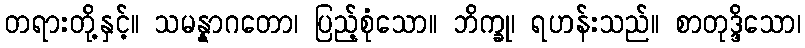
တရားတို့နှင့်။ သမန္နာဂတော၊ ပြည့်စုံသော။ ဘိက္ခု၊ ရဟန်းသည်။ စာတုဒ္ဒိသော၊